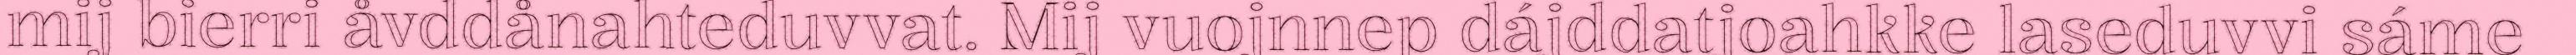
mij bierri åvddånahteduvvat. Mij vuojnnep dájddatjoahkke laseduvvi sáme